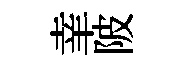
𦍒陂